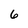
Character: 6